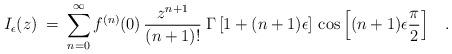
LaTeX: \begin{align*}I_{\epsilon}(z) \> =\> \sum_{n=0}^{\infty} f^{(n)}(0) \, \frac{z^{n+1}}{(n+1)!}\> \Gamma \left [ 1 + (n+1) \epsilon \right ] \, \cos \left [ (n+1) \epsilon \frac{\pi}{2} \right ] \;\;\;.\end{align*}